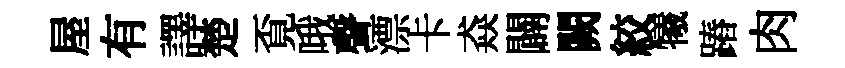
屋有譯楚覔哦聲漂卡猋闢闕絞犧蹖肉